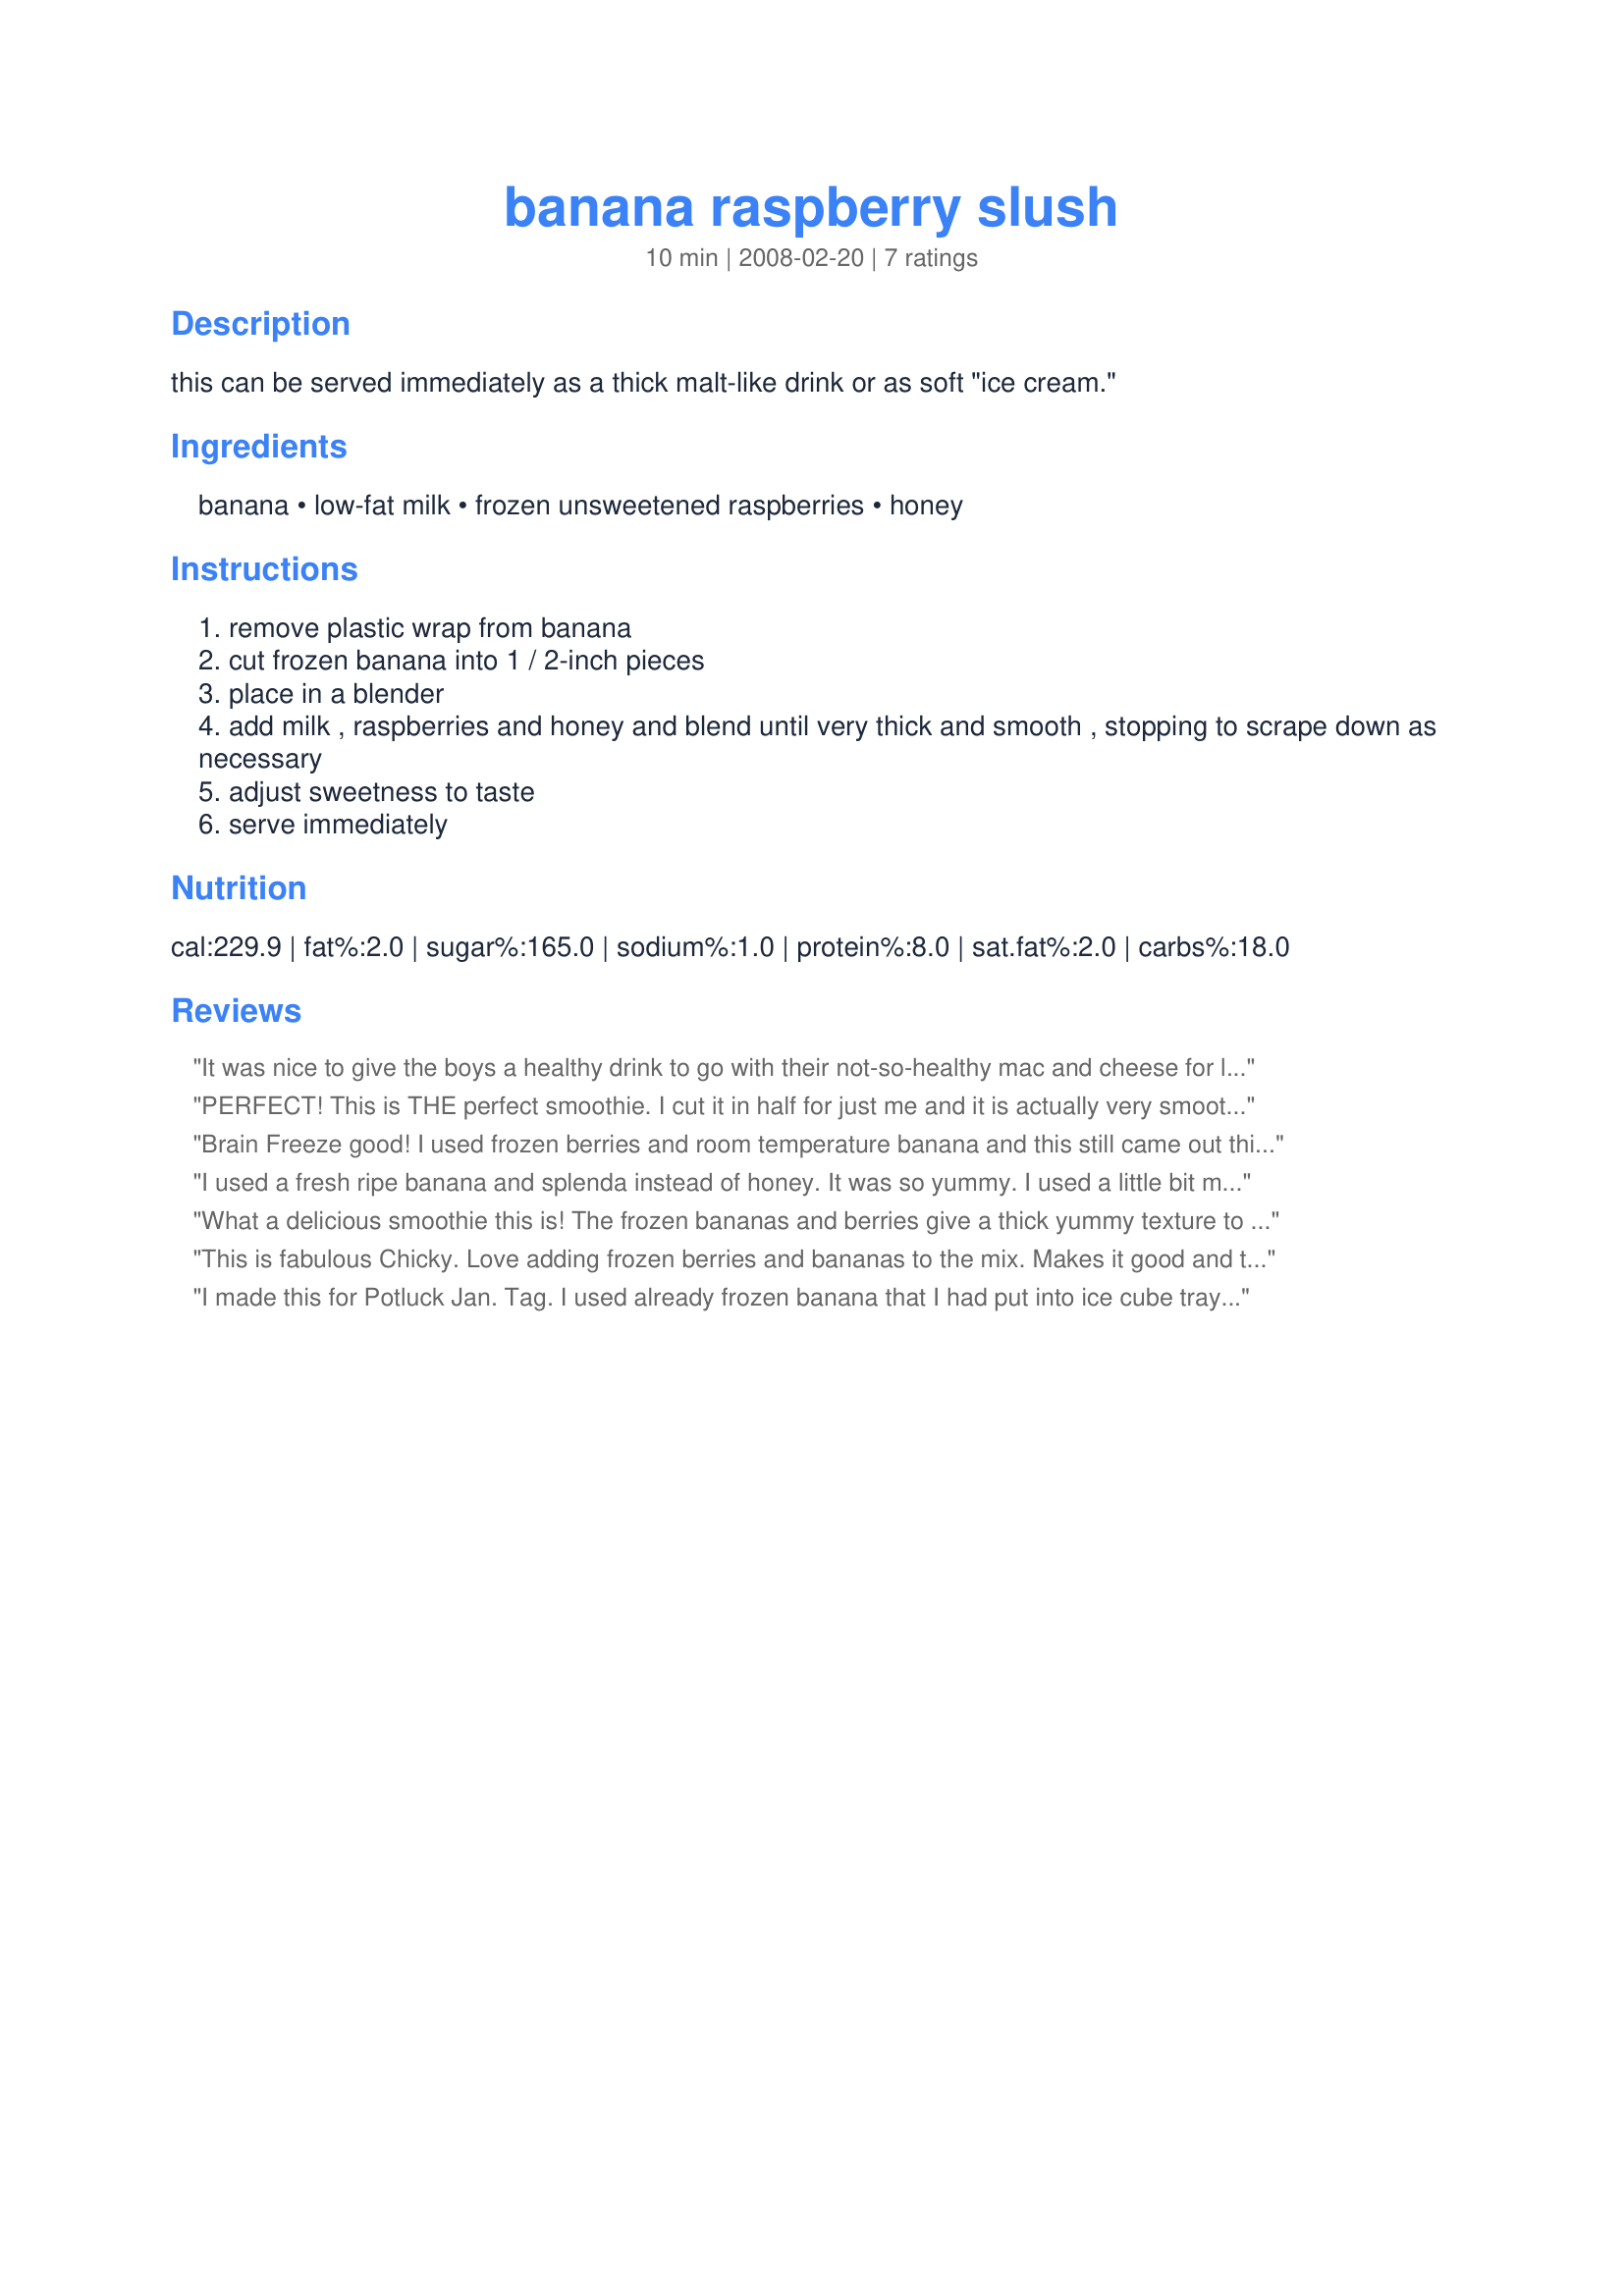
banana raspberry slush
Preparation time: 10 minutes

this can be served immediately as a thick malt-like drink or as soft "ice cream."

Ingredients:
banana, low-fat milk, frozen unsweetened raspberries, honey

Steps:
remove plastic wrap from banana
cut frozen banana into 1 / 2-inch pieces
place in a blender
add milk , raspberries and honey and blend until very thick and smooth , stopping to scrape down as necessary
adjust sweetness to taste
serve immediately

Reviews:
It was nice to give the boys a healthy drink to go with their not-so-healthy mac and cheese for lunch :) I don't recommend using this in a smoothie blender because it was hard on the motor and I had to add more milk. Delish! Made for Potluck Tag. Thanks!
PERFECT! This is THE perfect smoothie. I cut it in half for just me and it is actually very smooth and creamy - I used a room temperature banana though, so maybe that's why. I would've never thought to pair raspberries and bananas, but oh my, I think it's a better combo than strawberries and bananas, if there is such a thing! :) I liked the touch of honey too. Just a little extra sweetness, but not too much and no added sugar! Thanks for sharing... ~ gulp ~ this is a keeper!
Brain Freeze good! 
I used frozen berries and room temperature banana and this still came out thick as a shake cold enough for a brain freeze. LOL! Love this for a quick breakfast! I always have fruit frozen just for a healthy way to start the day.
I used a fresh ripe banana and splenda instead of honey. It was so yummy. I used a little bit more milk. Thanks DuChick :) Made for PAC Fall 2011
What a delicious smoothie this is! The frozen bananas and berries give a thick yummy texture to the drink that makes you think you're have a shake! I tried this recipe two ways: one as written and one with reduced honey (health reasons) and subbing orange juice for the milk. It's actually a recipe you can play with. How can you go wrong when you start with bananas and raspberries?
This is fabulous Chicky. Love adding frozen berries and bananas to the mix. Makes it good and thick. Freezing the fruit is key if you like a thick smoothie. Made this for DH as a brekky treat. Thanks a bunch. 
Tagged for 123HitWonders~
I made this for Potluck Jan. Tag. I used already frozen banana that I had put into ice cube trays. Added about 6. It was very thick, so that I had to add some grape juice to get it going. It has a very nice raspberry flavor. I also added protein powder, 1 T flax meal and 1 T oat bran. It made 1 large and 1 small serving - perfect for the 5 yo and me!
